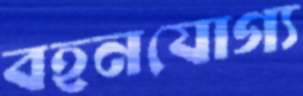
বহনযোগ্য